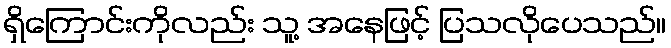
ရှိကြောင်းကိုလည်း သူ့ အနေဖြင့် ပြသလိုပေသည်။